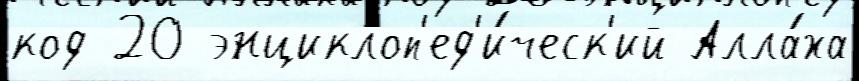
код 20 энциклоп'ед'и́ческ'ий Алла́ха